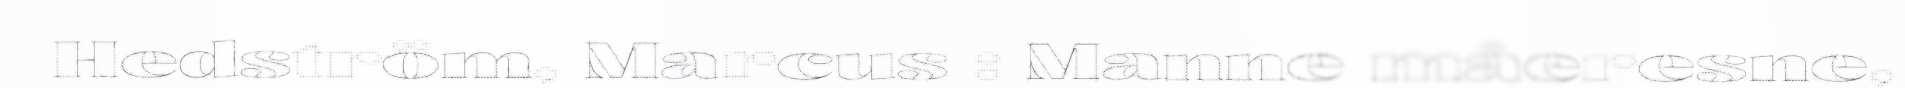
Hedström, Marcus : Manne måeresne,